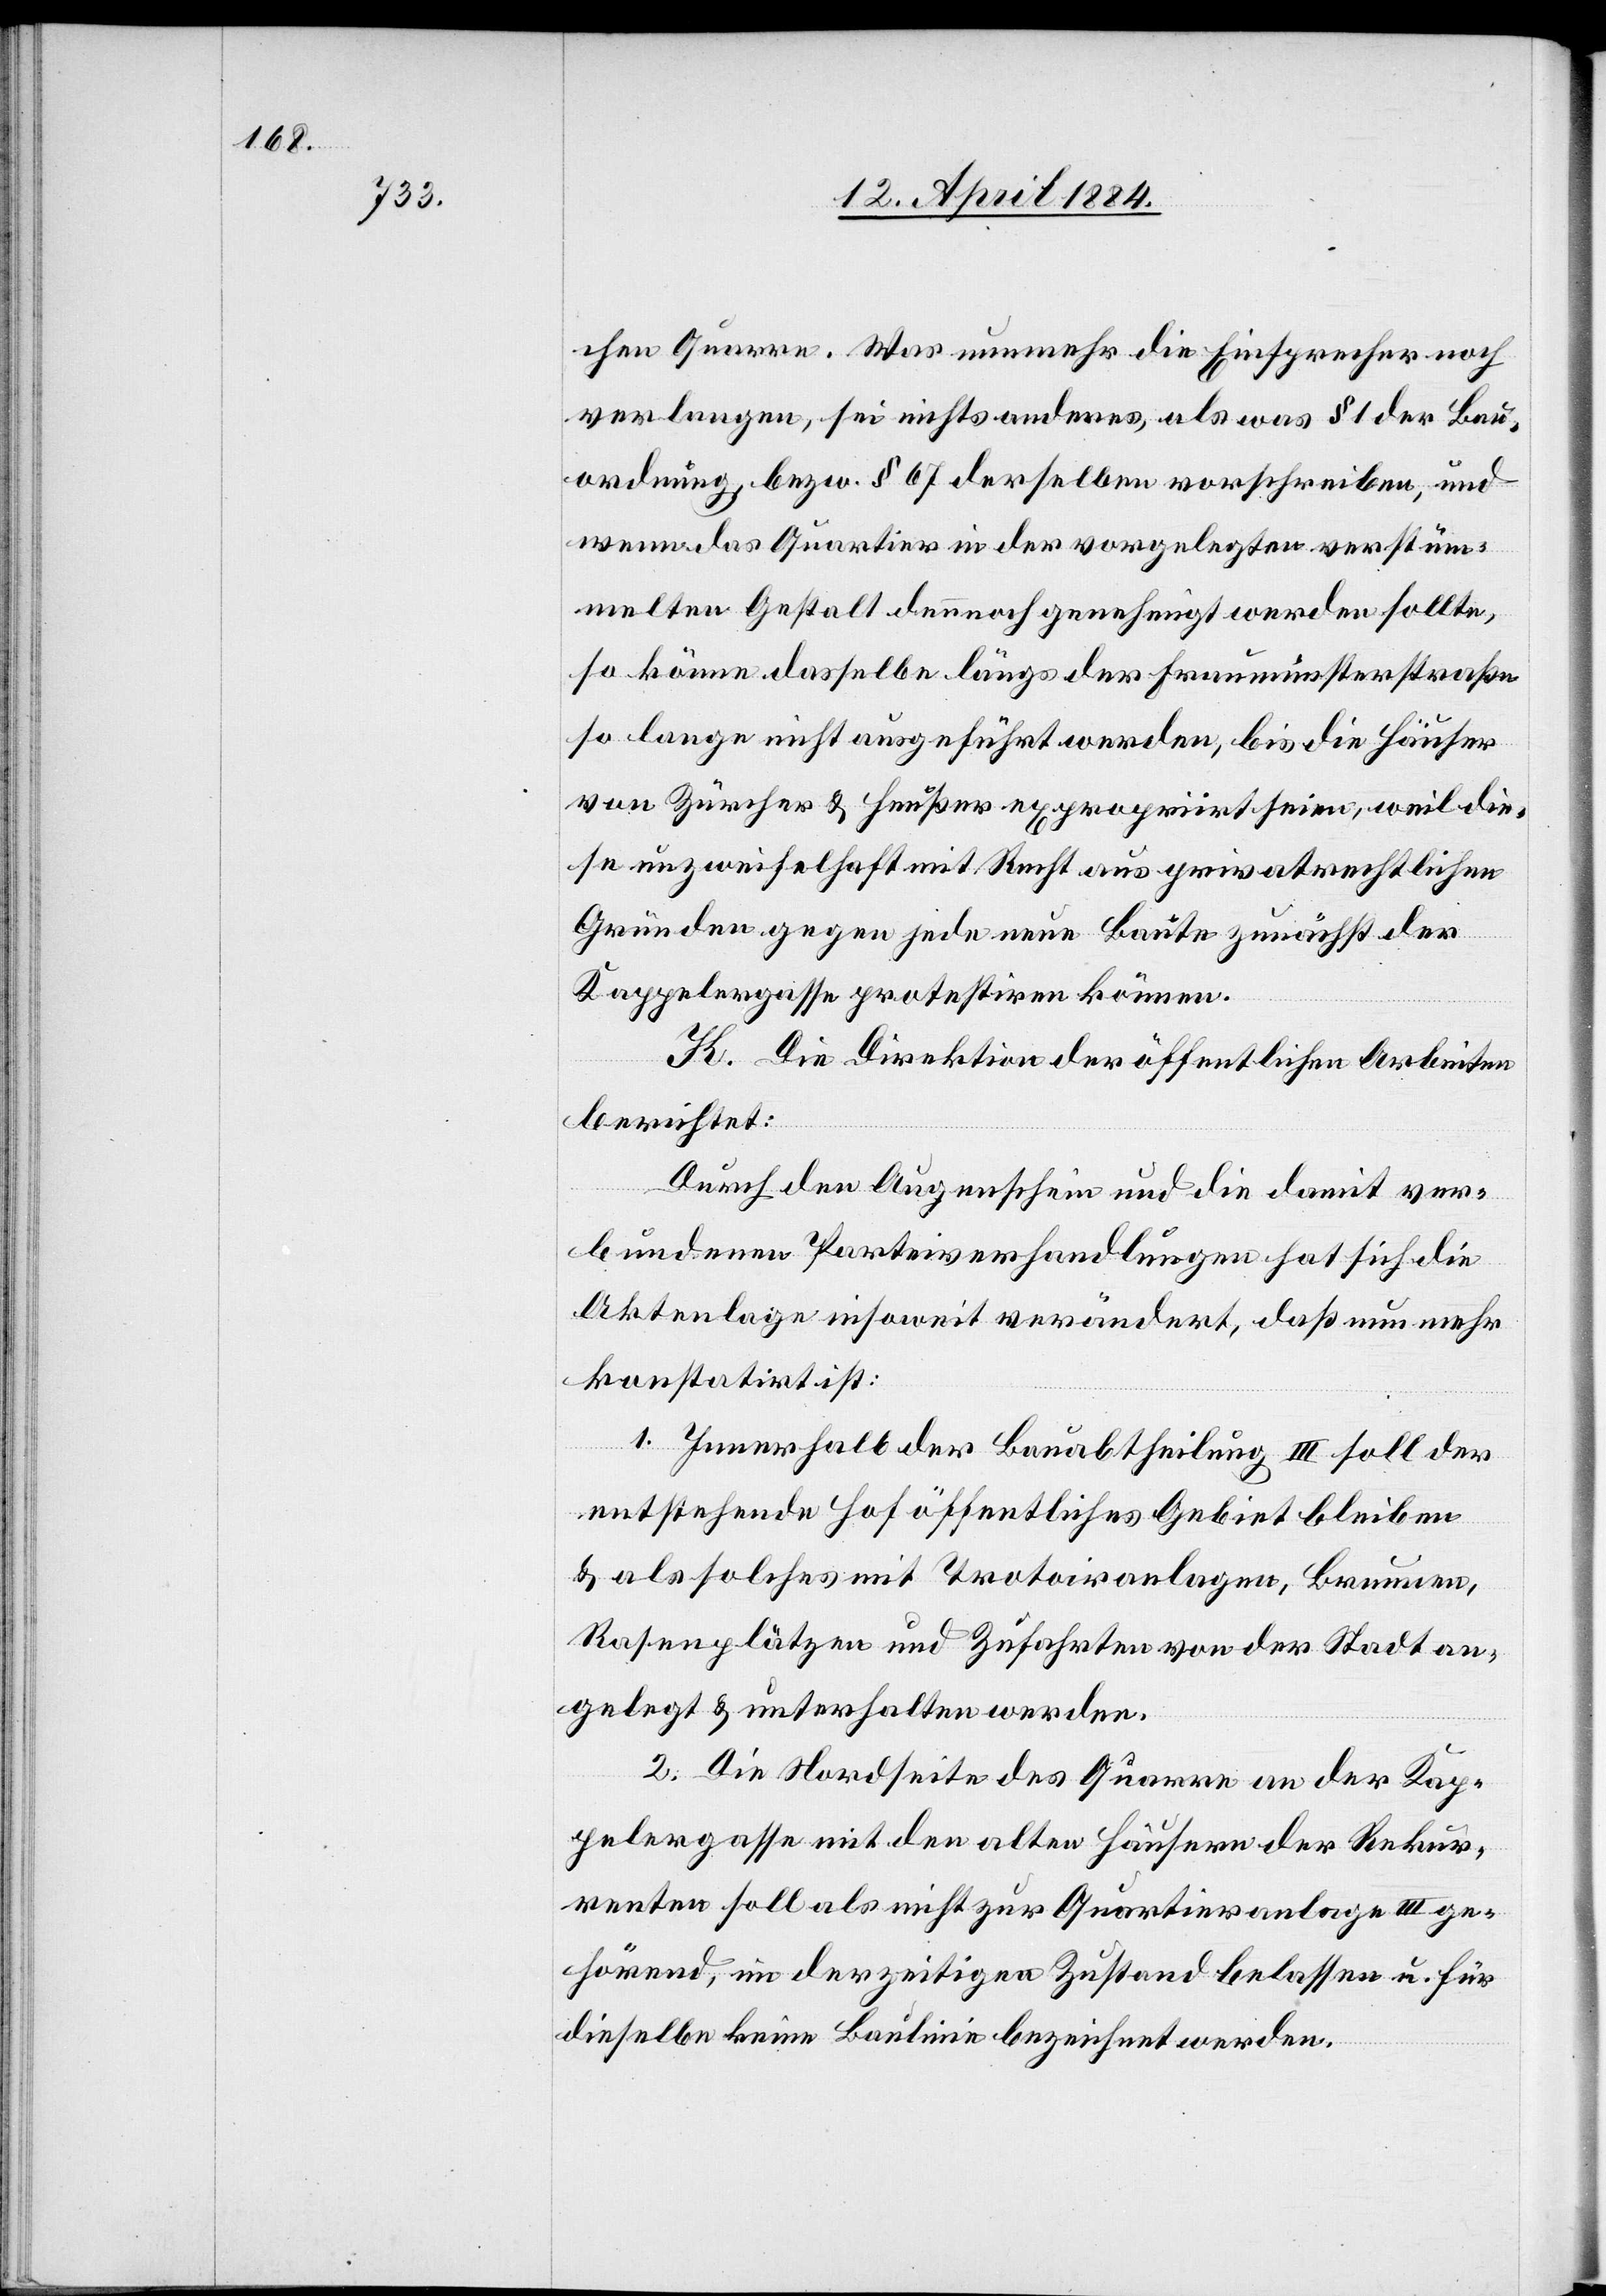
chen Quarre. Was nunmehr die Einsprecher noch
verlangen, sei nichts anderes, als was § 1 der Bau¬
ordnung bezw. § 67 derselben vorschreiben, und
wenn das Quartier in der vorgelegten verstüm¬
melten Gestalt dennoch genehmigt werden sollte,
so könne dasselbe längs der Fraumünsterstraße
so lange nicht ausgeführt werden, bis die Häuser
von Zürcher & Heußer expropriirt seien, weil die¬
se unzweifelhaft mit Recht aus privatrechtlichen
Gründen gegen jede neue Baute zunächst der
Kappelergasse protestiren können.
K. Die Direktion der öffentlichen Arbeiten
berichtet:
Durch den Augenschein und die damit ver¬
bundenen Parteiverhandlungen hat sich die
Aktenlage insoweit verändert, daß nun mehr
konstatirt ist:
1. Innerhalb der Bauabtheilung III soll der
entstehende Hof öffentliches Gebiet bleiben
& als solches mit Trottoiranlagen, Brunnen,
Rasenplätzen und Zufahrten von der Stadt an¬
gelegt & unterhalten werden.
2. Die Nordseite des Quarre an der Kap¬
pelergasse mit den alten Häusern der Rekur¬
renten soll als nicht zur Quartiranlage III ge¬
hörend, im derzeitigen Zustand belassen u. für
dieselbe keine Baulinie bezeichnet werden.